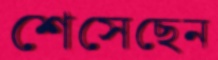
শেসেছেন